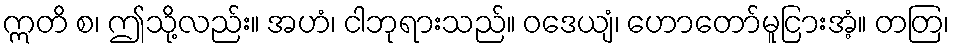
ဣတိ စ၊ ဤသို့လည်း။ အဟံ၊ ငါဘုရားသည်။ ဝဒေယျံ၊ ဟောတော်မူငြားအံ့။ တတြ၊